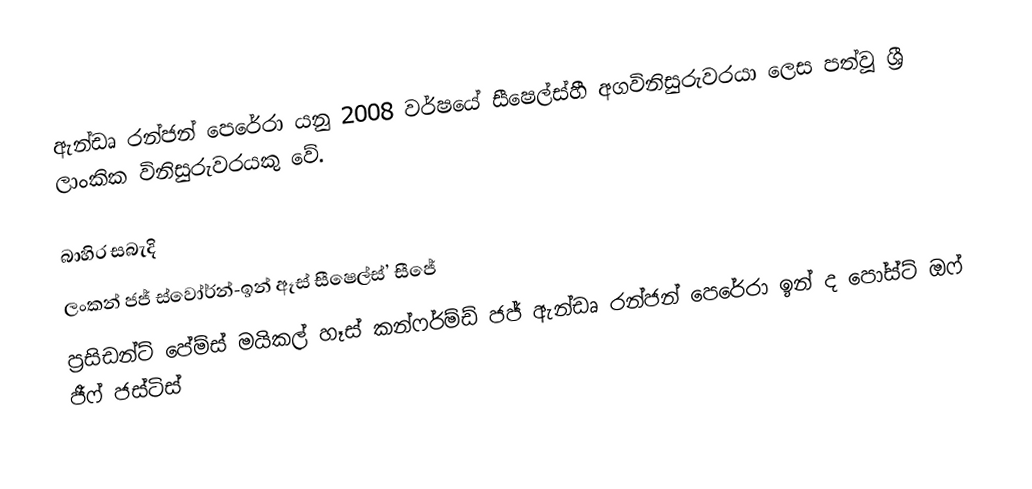
ඇන්ඩෘ රන්ජන් පෙරේරා යනු 2008 වර්ෂයේ සීෂෙල්ස්හී අගවිනිසුරුවරයා ලෙස පත්වූ ශ්‍රී ලාංකික විනිසුරුවරයකු වේ.

බාහිර සබැදි
ලංකන් ජජ් ස්වෝර්න්-ඉන් ඈස් සීෂෙල්ස්’ සීජේ
 ප්‍රසිඩන්ට් පේම්ස් මයිකල් හෑස් කන්ෆර්ම්ඩ් ජජ් ඇන්ඩෘ රන්ජන් පෙරේරා ඉන් ද පෝස්ට් ඔෆ් ජීෆ් ජස්ටිස්